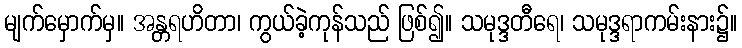
မျက်မှောက်မှ။ အန္တရဟိတာ၊ ကွယ်ခဲ့ကုန်သည် ဖြစ်၍။ သမုဒ္ဒတီရေ၊ သမုဒ္ဒရာကမ်းနား၌။